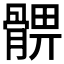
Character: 𩩚